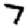
Digit: 7